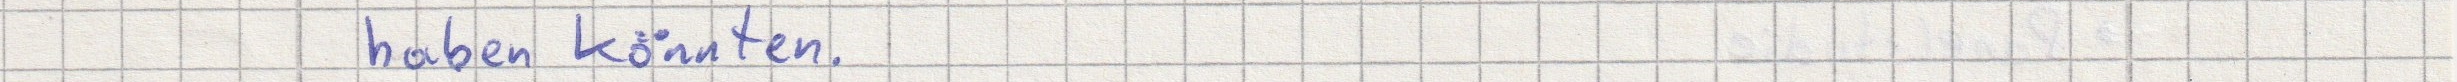
haben könnten.